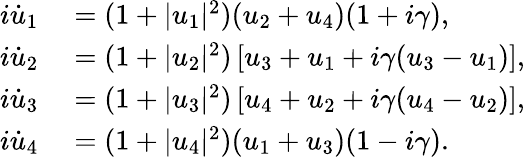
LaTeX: \begin{array}{rl}{i\dot{u}_{1}}&{{}=(1+|u_{1}|^{2})(u_{2}+u_{4})(1+i\gamma),}\\ {i\dot{u}_{2}}&{{}=(1+|u_{2}|^{2})\left[u_{3}+u_{1}+i\gamma(u_{3}-u_{1})\right],}\\ {i\dot{u}_{3}}&{{}=(1+|u_{3}|^{2})\left[u_{4}+u_{2}+i\gamma(u_{4}-u_{2})\right],}\\ {i\dot{u}_{4}}&{{}=(1+|u_{4}|^{2})(u_{1}+u_{3})(1-i\gamma).}\end{array}